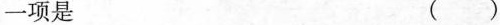
一项是 ()